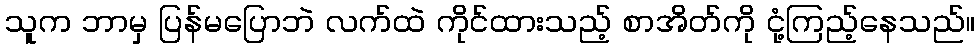
သူက ဘာမှ ပြန်မပြောဘဲ လက်ထဲ ကိုင်ထားသည့် စာအိတ်ကို ငုံ့ကြည့်နေသည်။